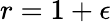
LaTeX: r=1+\epsilon